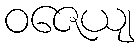
ဝဇေယျ